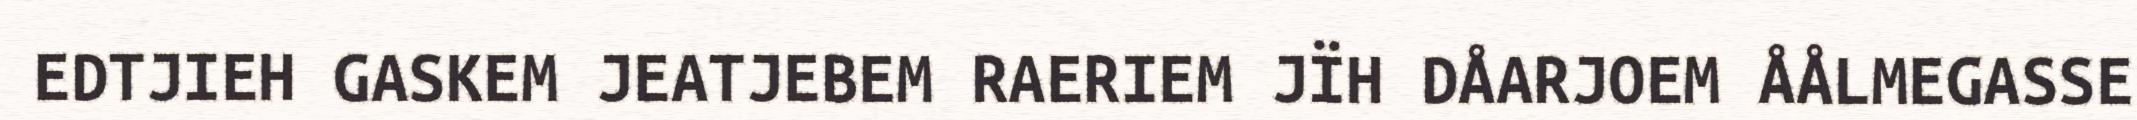
EDTJIEH GASKEM JEATJEBEM RAERIEM JÏH DÅARJOEM ÅÅLMEGASSE